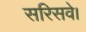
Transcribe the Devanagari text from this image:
सरिसवे।